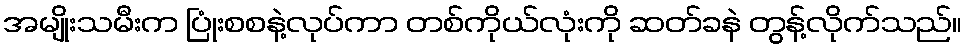
အမျိုးသမီးက ပြုံးစစနဲ့လုပ်ကာ တစ်ကိုယ်လုံးကို ဆတ်ခနဲ တွန့်လိုက်သည်။